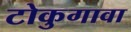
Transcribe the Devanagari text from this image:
टोकुगावा